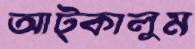
আট্‌কালুম